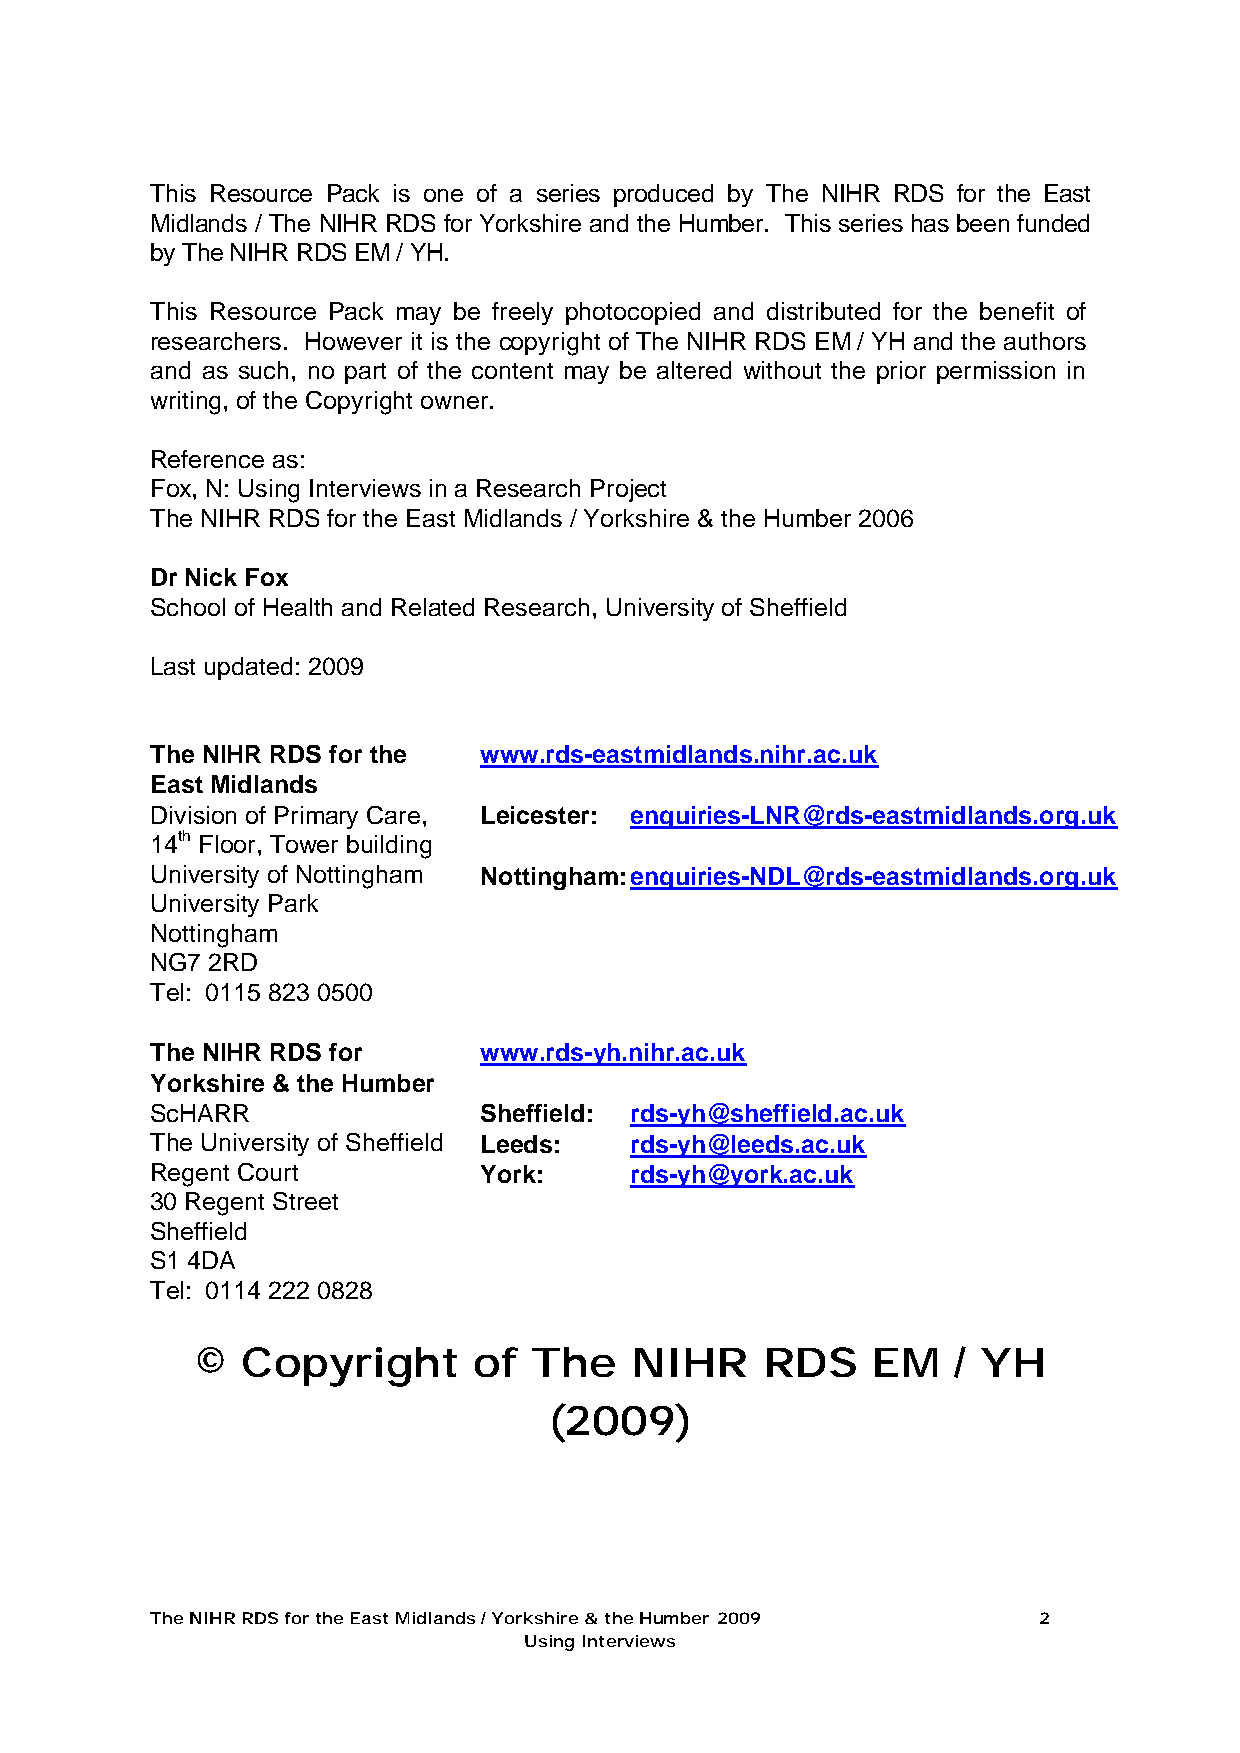
This Resource Pack is one of a series produced by The NIHR RDS for the East
 Midlands / The NIHR RDS for Yorkshire and the Humber. This series has been funded
 by The NIHR RDS EM / YH.
 This Resource Pack may be freely photocopied and distributed for the benefit of
 researchers. However it is the copyright of The NIHR RDS EM / YH and the authors
 and as such, no part of the content may be altered without the prior permission in
 writing, of the Copyright owner.
 Reference as:
 Fox, N: Using Interviews in a Research Project
 The NIHR RDS for the East Midlands / Yorkshire & the Humber 2006
 Dr Nick Fox
 School of Health and Related Research, University of Sheffield
 Last updated: 2009
 The NIHR RDS for the  www.rds-eastmidlands.nihr.ac.uk
 East Midlands
 Division of Primary Care, Leicester: enquiries-LNR@rds-eastmidlands.org.uk
 14th Floor, Tower building
 University of Nottingham Nottingham: enquiries-NDL@rds-eastmidlands.org.uk
 University Park
 Nottingham
 NG7 2RD
 Tel: 0115 823 0500
 The NIHR RDS for      www.rds-yh.nihr.ac.uk
 Yorkshire & the Humber
 ScHARR                Sheffield: rds-yh@sheffield.ac.uk
 The University of Sheffield Leeds: rds-yh@leeds.ac.uk
 Regent Court          York:     rds-yh@york.ac.uk
 30 Regent Street
 Sheffield
 S1 4DA
 Tel: 0114 222 0828
 ©  Copyright      of  The    NIHR    RDS     EM   / YH
 (2009)
 The NIHR RDS for the East Midlands / Yorkshire & the Humber 2009 2
 Using Interviews